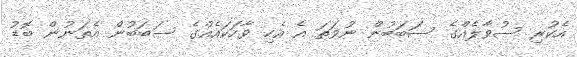
އެކުރި ސުވާލެއްގެ ސަބަބުން ނުވަތަ އެ އެހި ވާހަކައެއްގެ ސަބަބުން އެތަނުން ބޮޑު